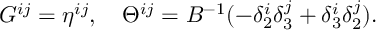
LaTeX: G ^ { i j } = \eta ^ { i j } , \ \ \ \Theta ^ { i j } = B ^ { - 1 } ( - \delta _ { 2 } ^ { i } \delta _ { 3 } ^ { j } + \delta _ { 3 } ^ { i } \delta _ { 2 } ^ { j } ) .